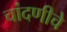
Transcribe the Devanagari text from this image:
चांदणीचे